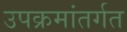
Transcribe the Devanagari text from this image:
उपक्रमांतर्गत